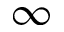
\infty